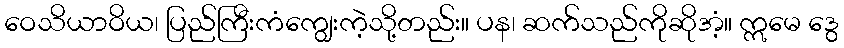
ဝေသိယာဝိယ၊ ပြည်ကြီးကံကျွေးကဲ့သို့တည်း။ ပန၊ ဆက်သည်ကိုဆိုအံ့။ ဣမေ ဒွေ